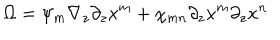
\Omega = \psi _ { m } \nabla _ { z } \partial _ { z } x ^ { m } + \chi _ { m n } \partial _ { z } x ^ { m } \partial _ { z } x ^ { n }